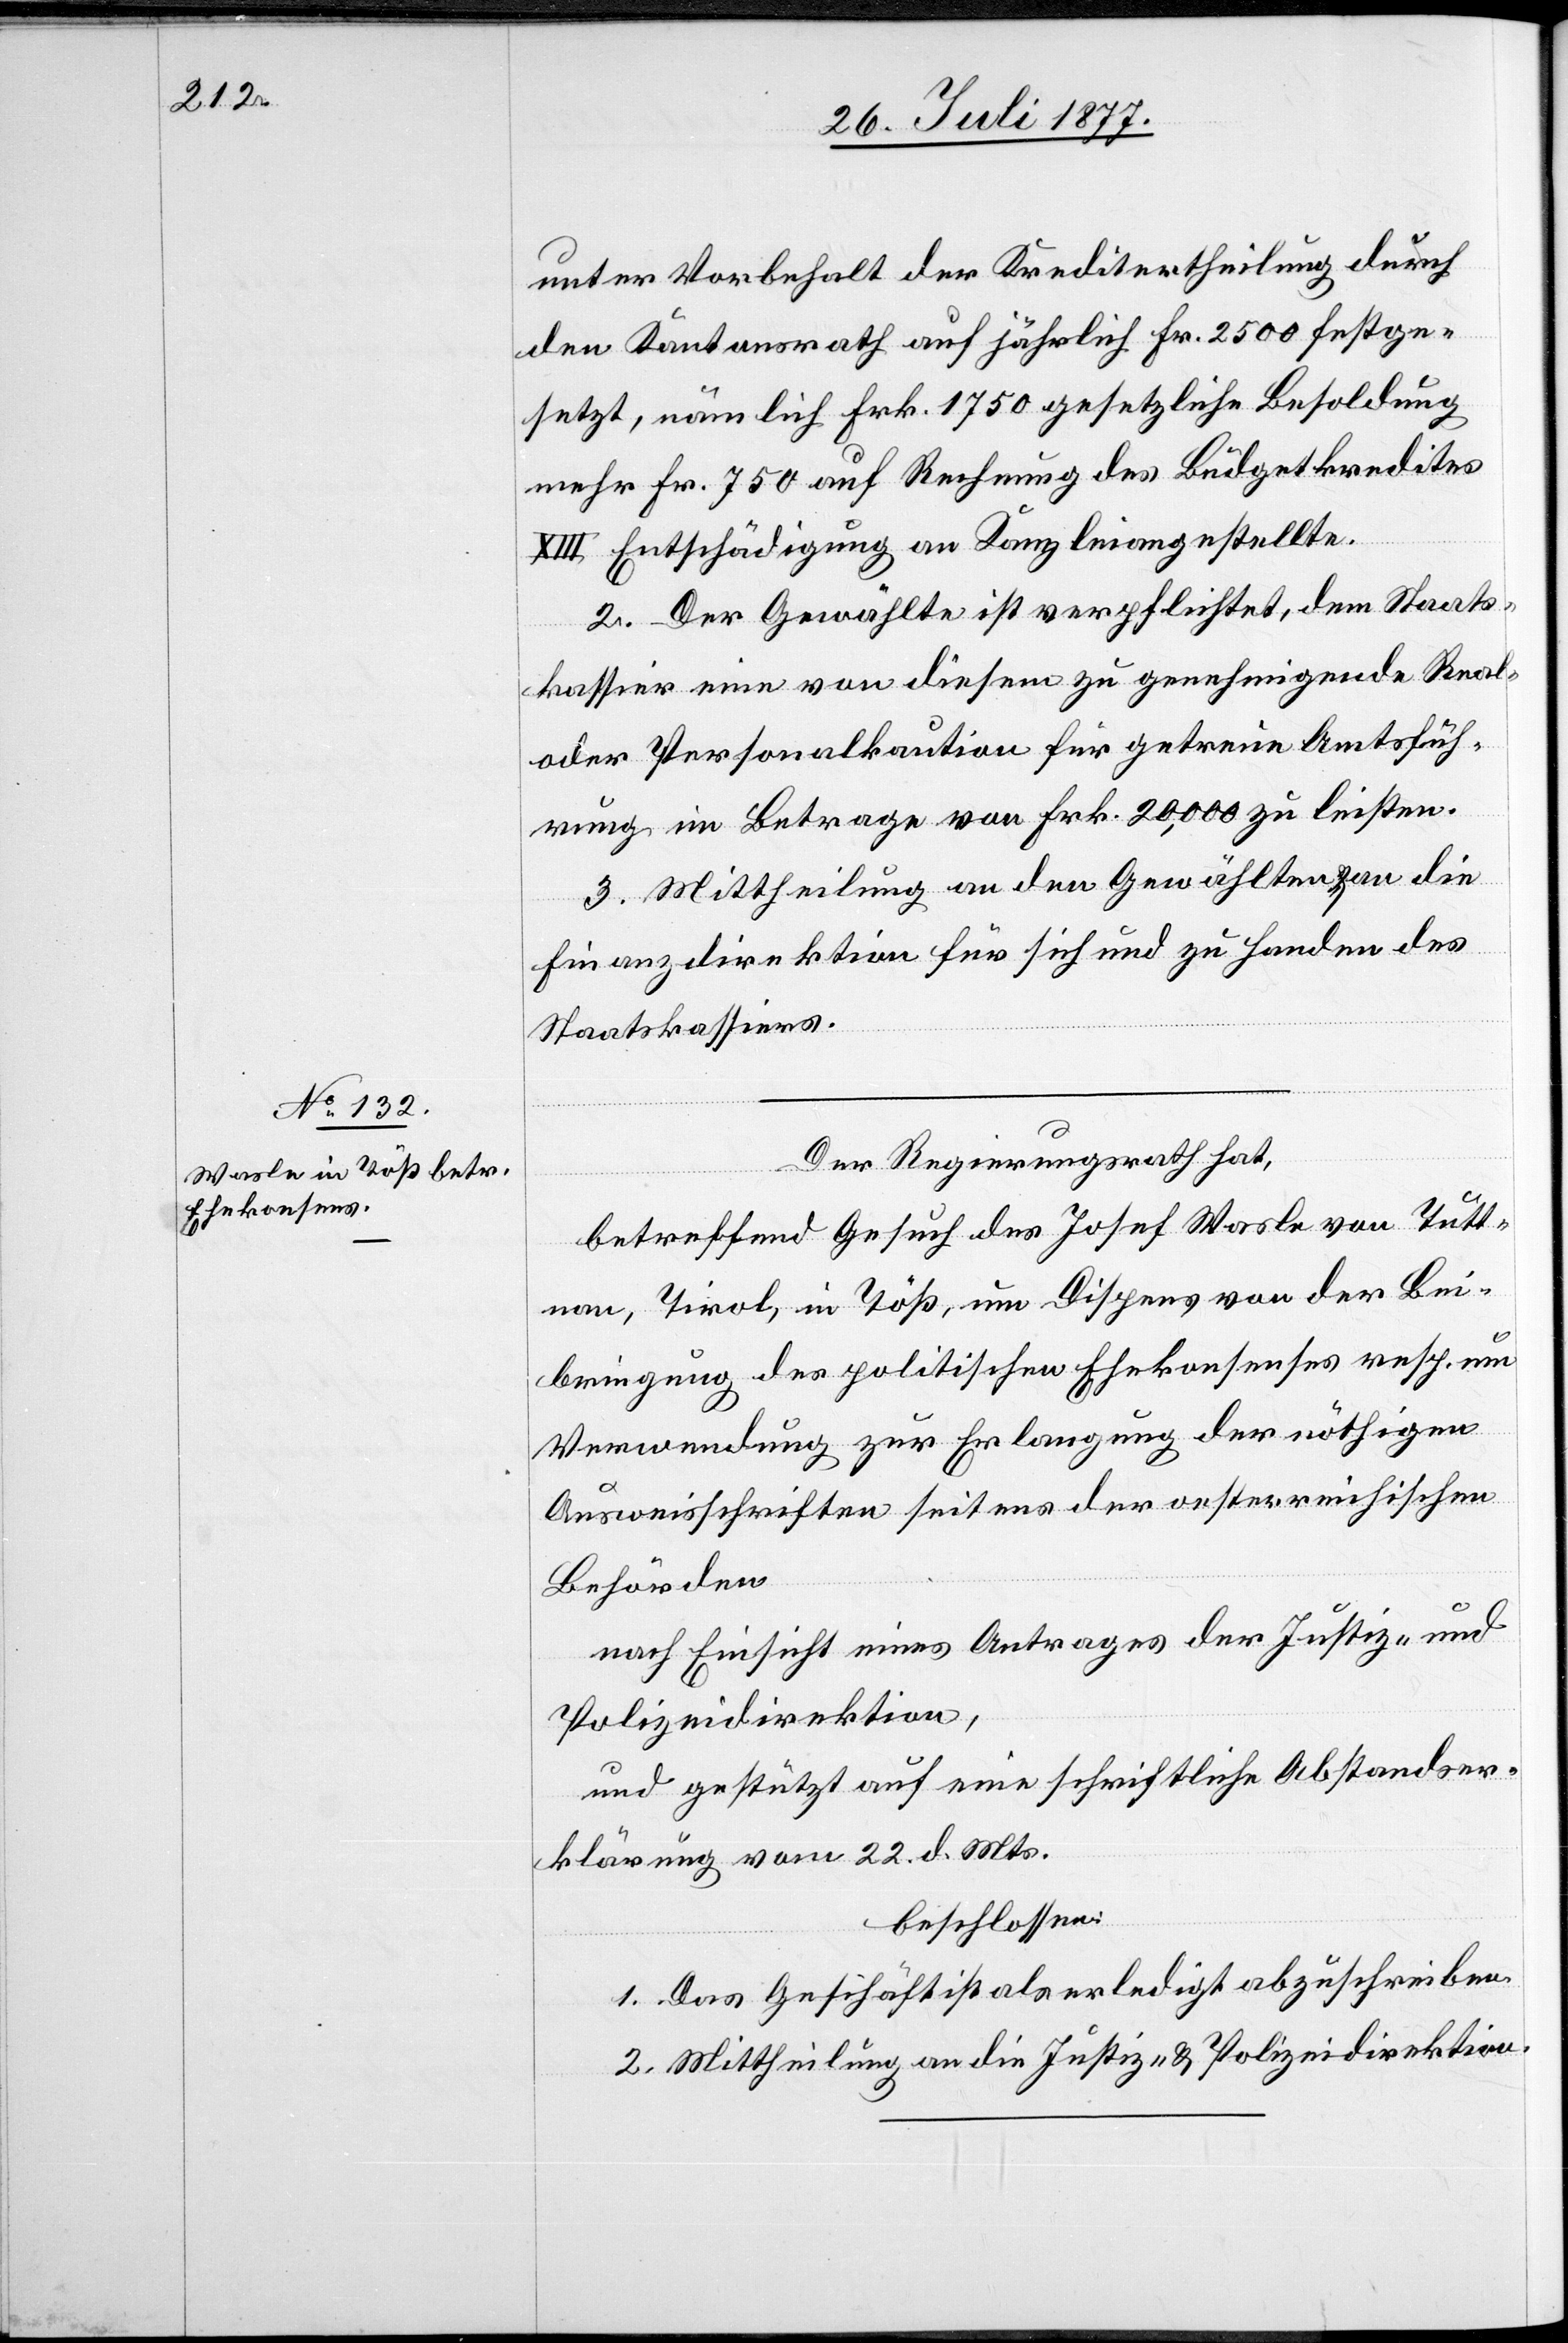
unter Vorbehalt der Kreditertheilung durch
den Kantonsrath auf jährlich Fr. 2500 festge¬
setzt, nämlich Frk. 1750 gesetzliche Besoldung
mehr Fr. 750 auf Rechnung des Büdgetkredites
XIII Entschädigung an Kanzleiangestellte.
2. Der Gewählte ist verpflichtet, dem Staats¬
kassier eine von diesem zu genehmigende Real-
oder Personalkaution für getreue Amtsfüh¬
rung im Betrage von Frk. 20,000 zu leisten.
3. Mittheilung an den Gewählten & an die
Finanzdirektion für sich und zu Handen des
Staatskassiers.
Der Regierungsrath hat,
betreffend Gesuch des Josef Wasle von Tutt¬
nan, Tirol, in Töß, um Dispens von der Bei¬
bringung des politischen Ehekonsenses resp. um
Verwendung zur Erlangung der nöthigen
Ausweisschriften seitens der oesterreichischen
Behörden
nach Einsicht eines Antrages der Justiz- und
Polizeidirektion,
und gestützt auf eine schriftliche Abstandser¬
klärung vom 22. d. Mts.
beschlossen:
1. Das Geschäft ist als erledigt abzuschreiben.
2. Mittheilung an die Justiz- & Polizeidirektion.